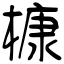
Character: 槺